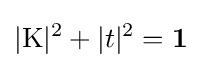
|\mathrm {K} |^{2}+|t|^{2}=\mathbf {1}